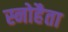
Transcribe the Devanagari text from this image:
स्नोहैता